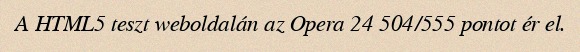
A HTML5 teszt weboldalán az Opera 24 504/555 pontot ér el.